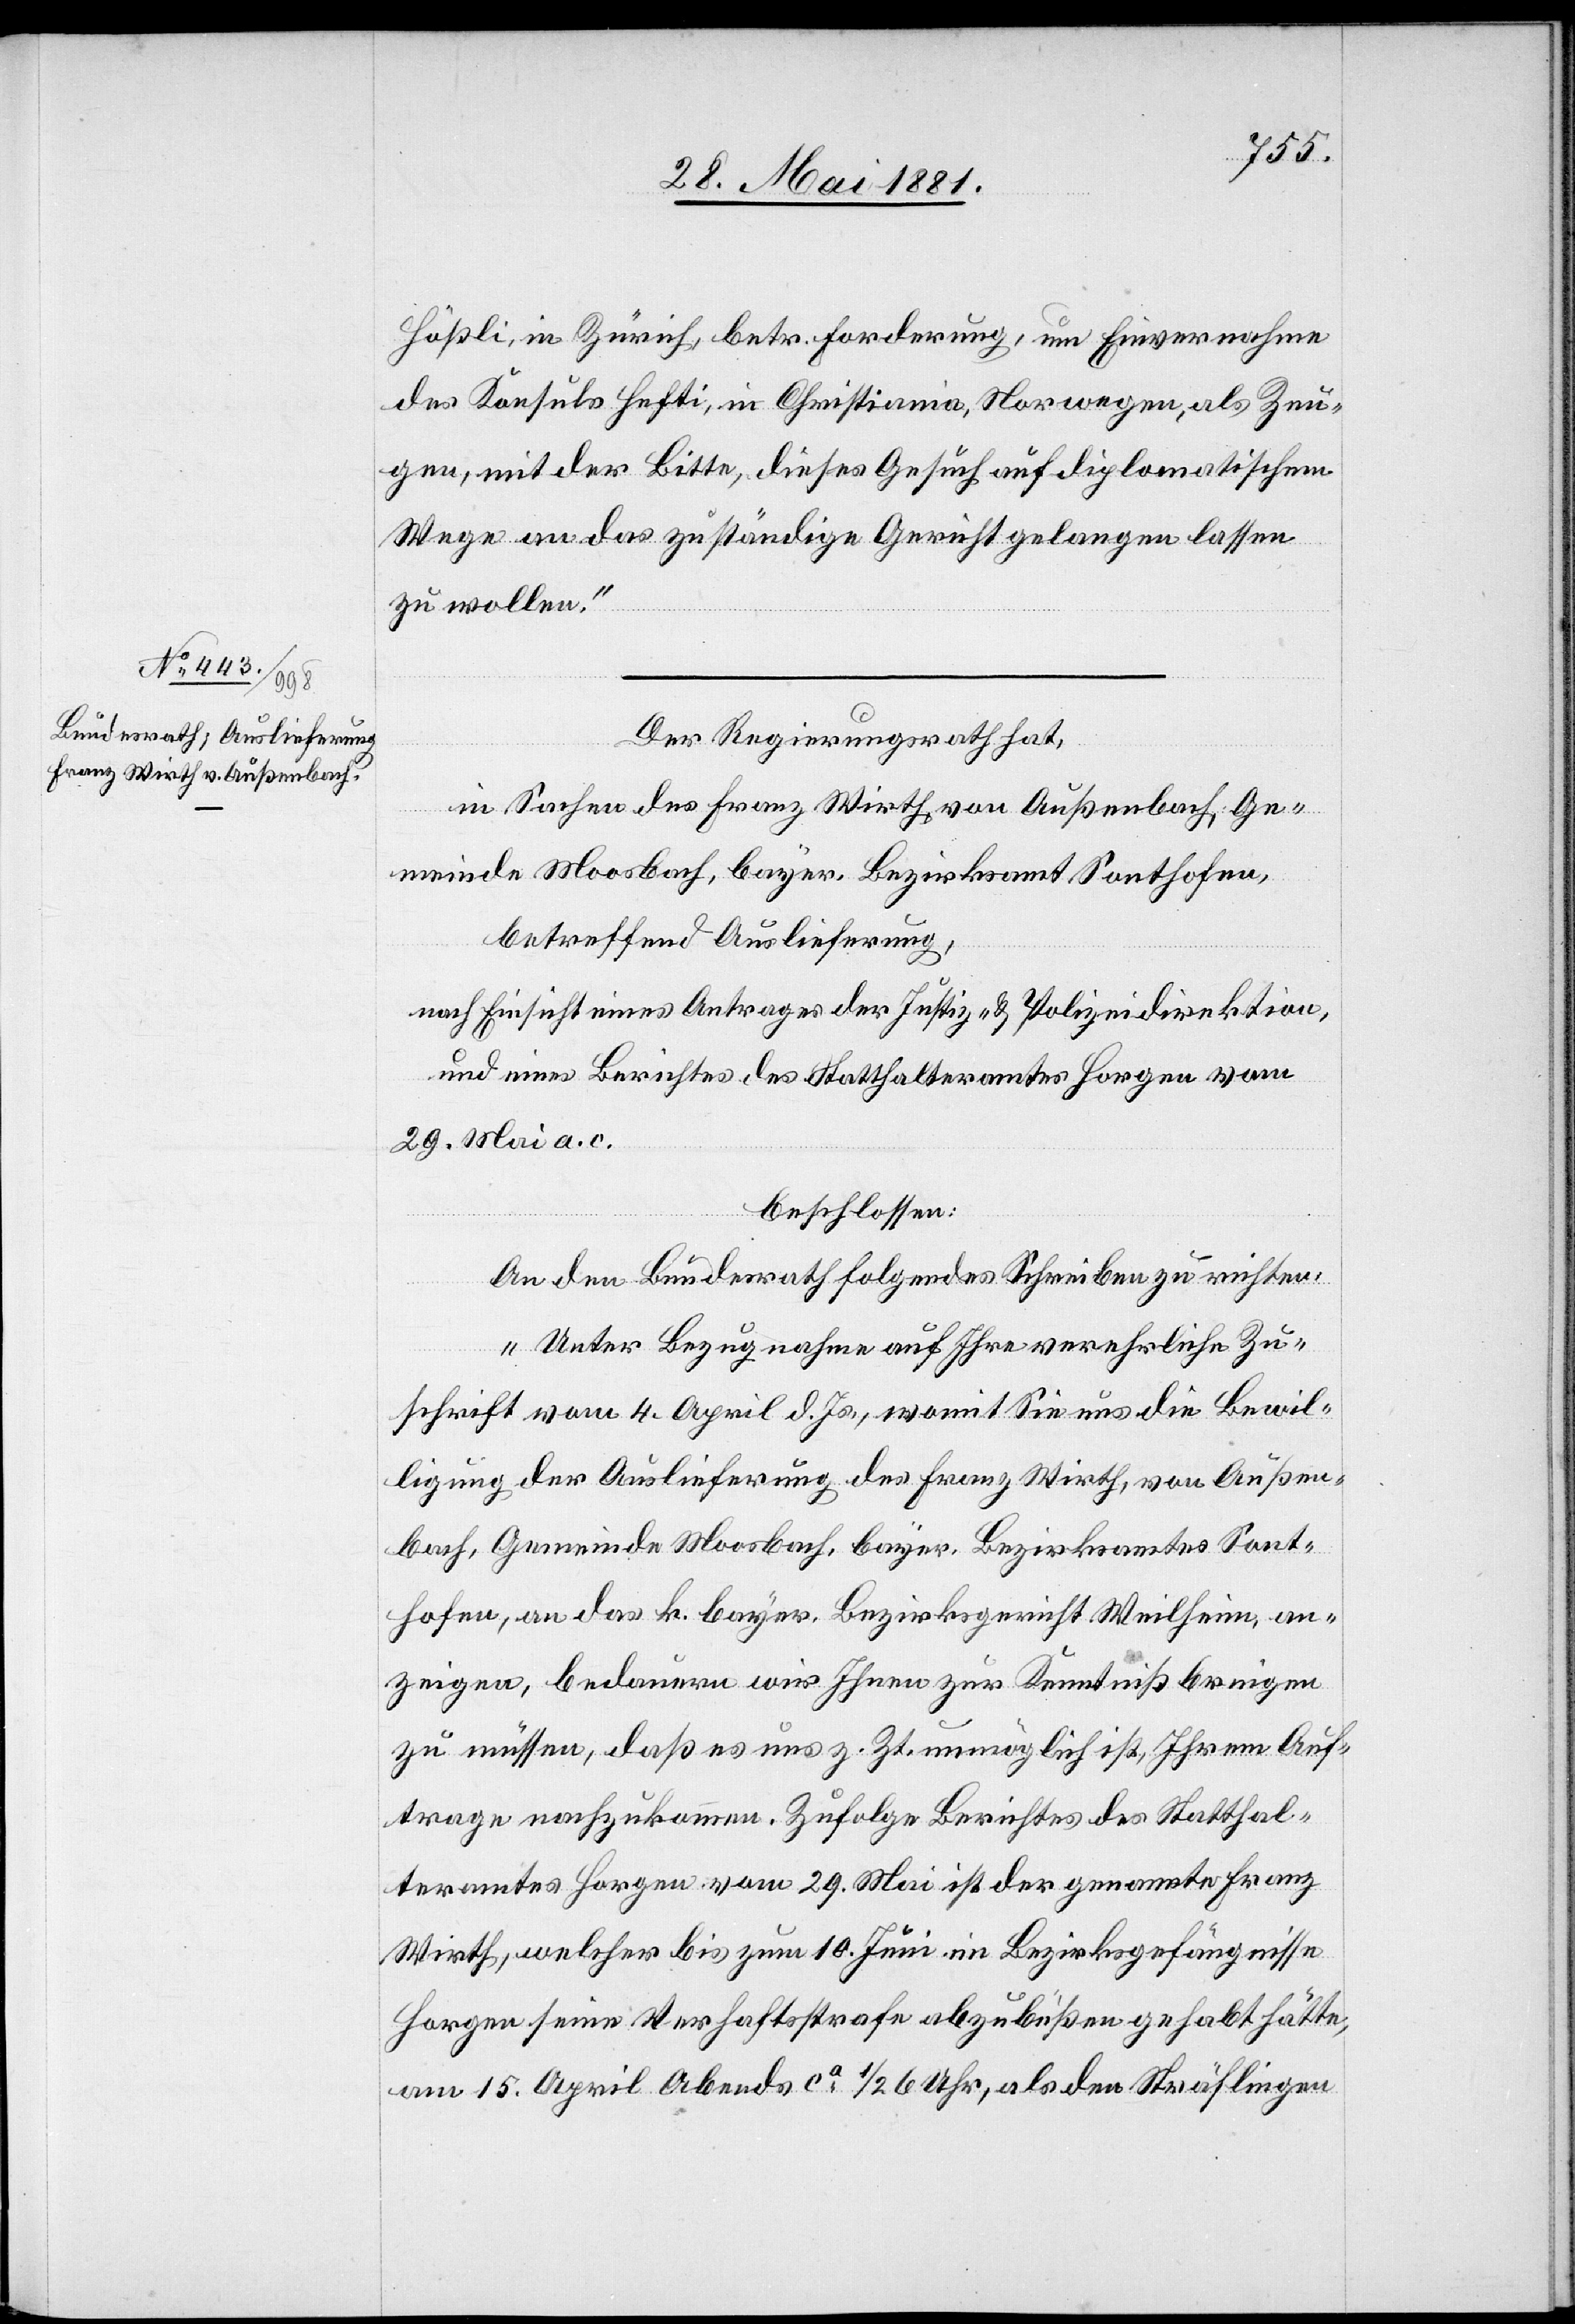
30. Mai 1881.]
Hößli, in Zürich, betr. Forderung, um Einvernahme
des Konsuls Hefti, in Christiania, Norwegen, als Zeu¬
gen, mit der Bitte, dieses Gesuch auf diplomatischem
Wege an das zuständige Gericht gelangen lassen
zu wollen.“
Der Regierungsrath hat,
in Sachen des Franz Wirth von Außenbach, Ge¬
meinde Moosbach, bayer. Bezirksamt Sonthofen,
betreffend Auslieferung,
nach Einsicht eines Antrages der Justiz- & Polizeidirektion,
und eines Berichtes des Statthalteramtes Horgen vom
29. Mai a. c.
beschlossen:
An den Bundesrath folgendes Schreiben zu richten:
„Unter Bezugnahme auf Ihre verehrliche Zu¬
schrift vom 4. April d. Js., womit Sie uns die Bewil¬
ligung der Auslieferung des Franz Wirth, von Außen¬
bach, Gemeinde Moosbach, bayer. Bezirksamtes Sont¬
hofen, an das k. bayer. Bezirksgericht Weilheim, an¬
zeigen, bedauern wir Ihnen zur Kenntniß bringen
zu müssen, daß es uns z. Zt. unmöglich ist, Ihrem Auf¬
trage nachzukommen. Zufolge Berichtes des Statthal¬
teramtes Horgen vom 29. Mai ist der Genannte Franz
Wirth, welcher bis zum 10. Juni im Bezirksgefängnisse
Horgen seine Verhaftstrafe abzubüßen gehabt hätte,
am 15. April Abends ca. 1/2 6 Uhr, als den Sträflingen